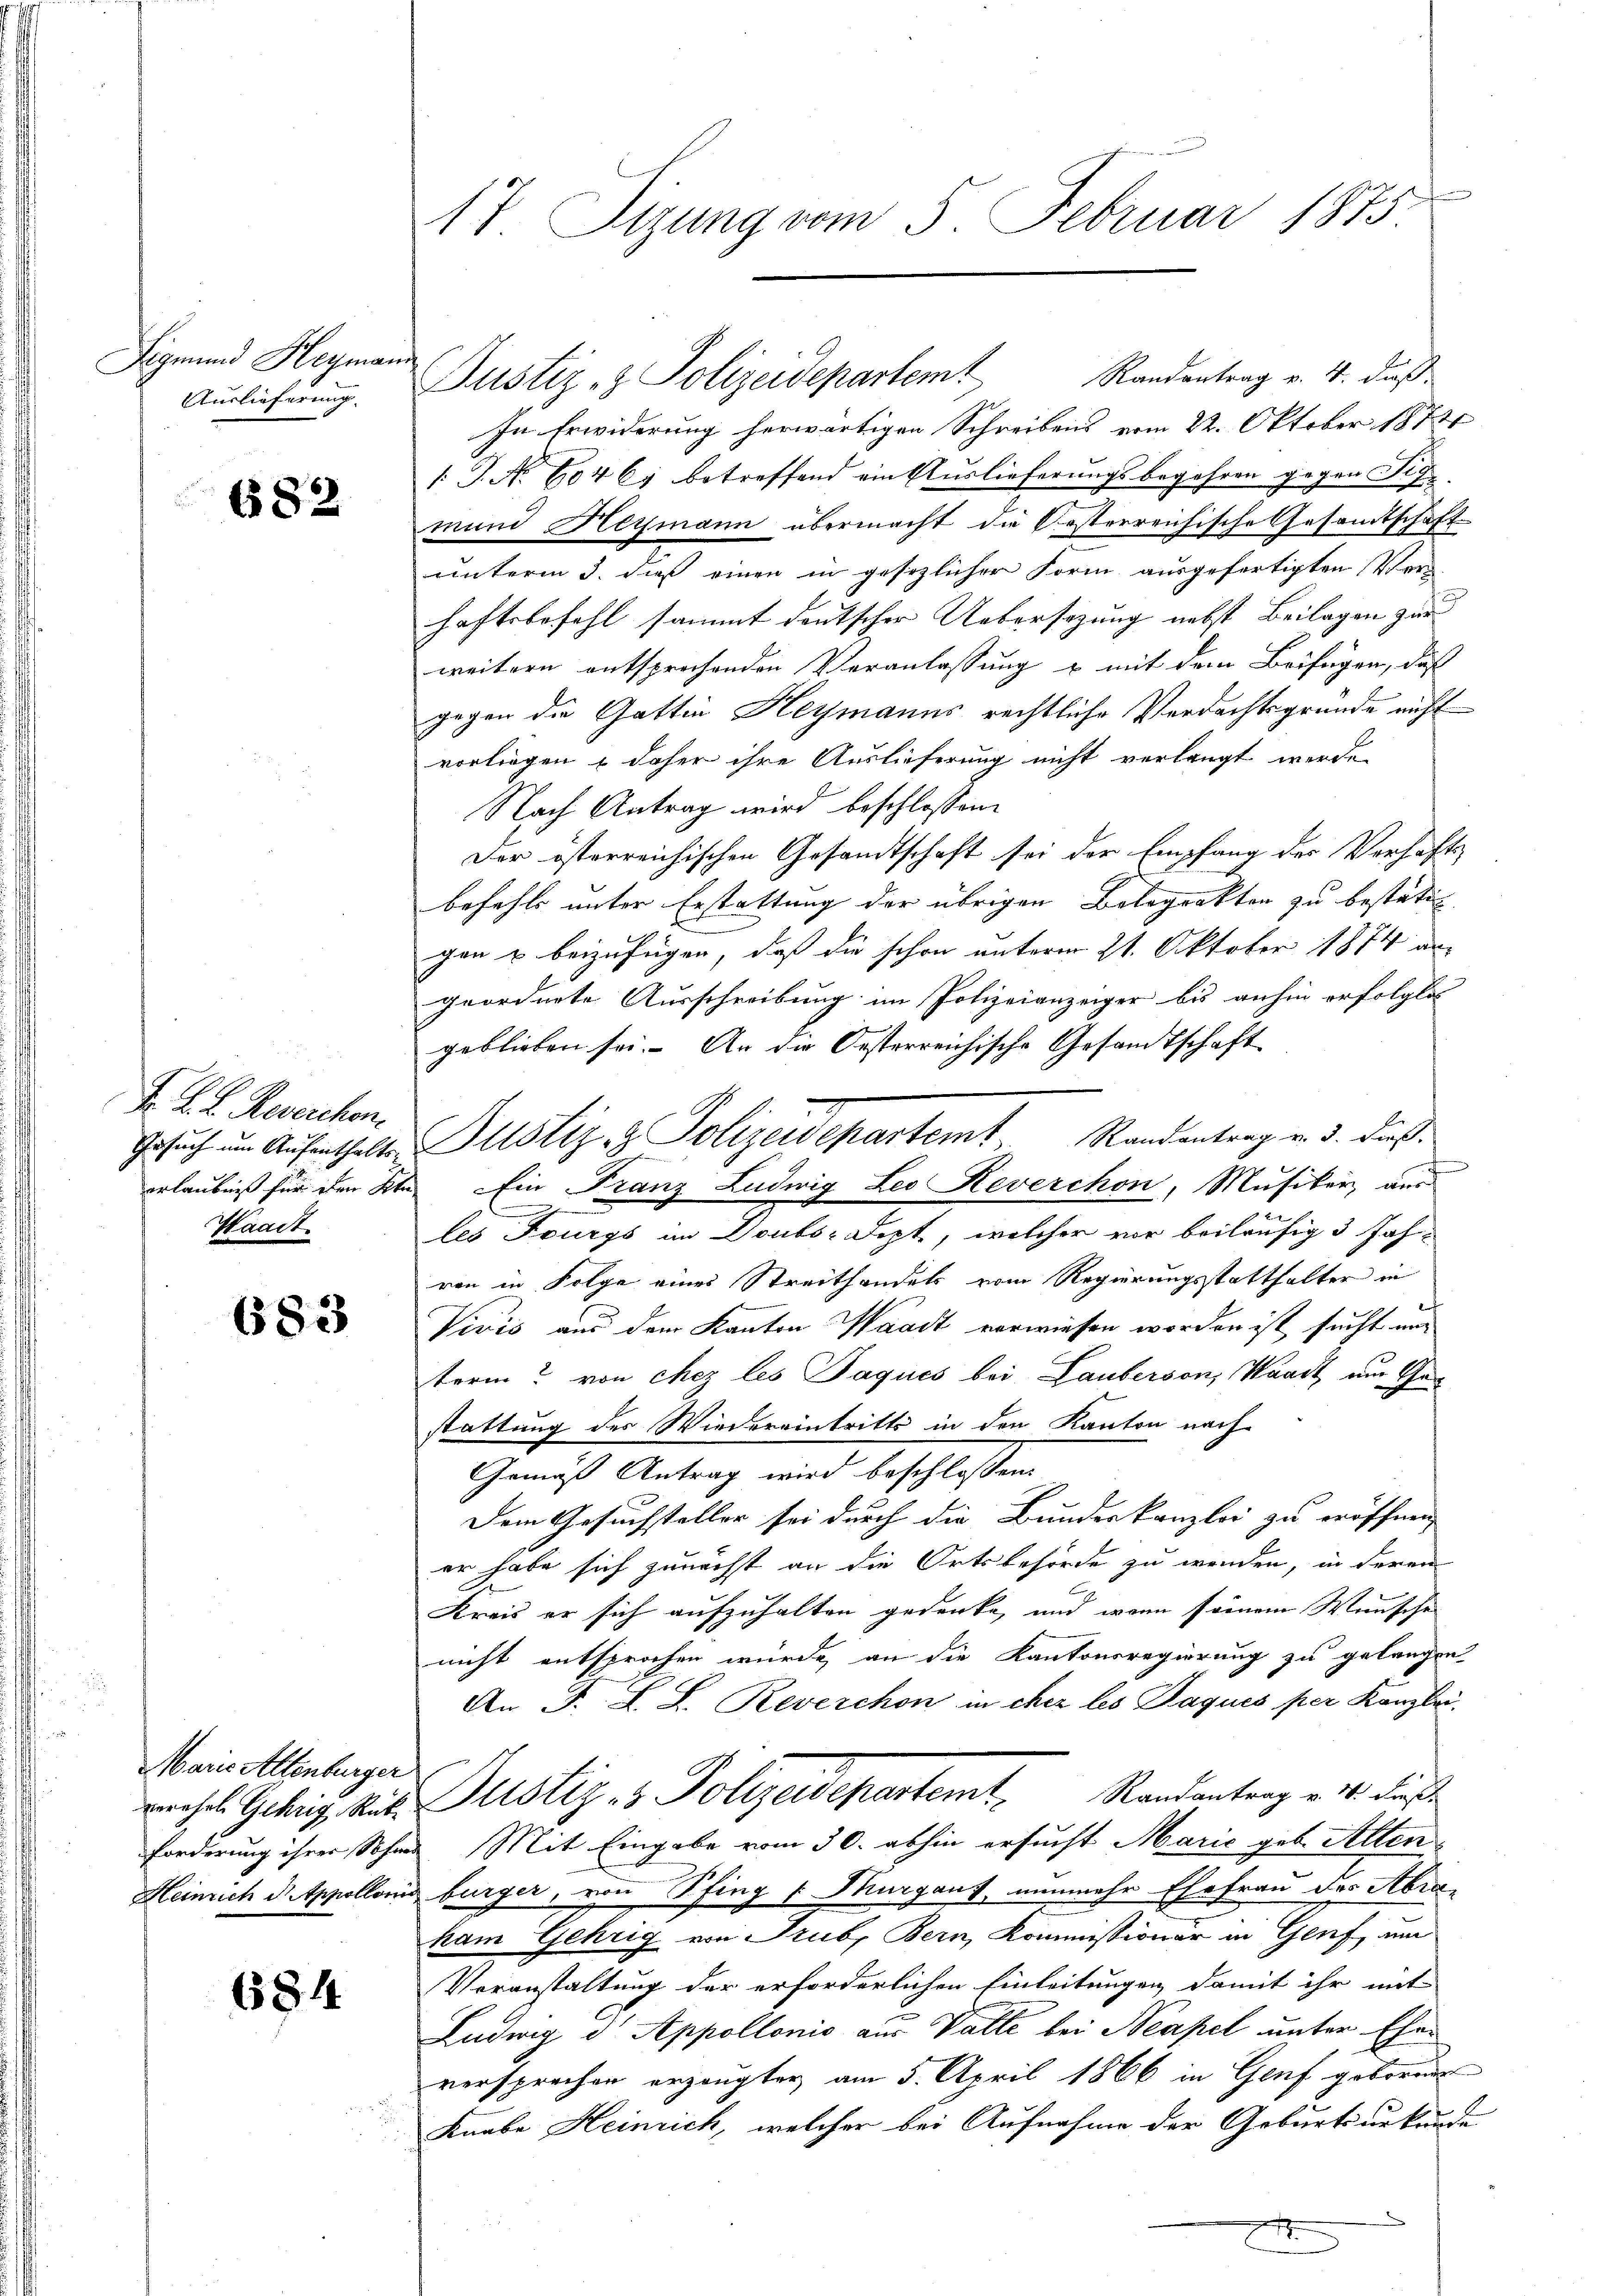
Sigmund Heymann
Auslieferung

682

F. L. K. Reserchen.
Waadt.

683

Marie Allenburger

684

17 Stzung vom 5. Februar 1875.

Justiz- & Polizeidepartem Randantrag v. 4. dieß
In Erwiderung herwärtigen Schreibens vom 22. Oktober 1873
1 J. No 604 67 betreffend ein Auslieferungsbegehren gegen Dif
mund Heymann übermacht die Posterreichische Gesamtschaft
unterm 3. dieß einen in gesezlicher Form ausgefertigten Ver
haftsbefehl sammt deutscher Uebersezung nebst Beilagen zur
weitern entsprechenden Veranlassung u mit dem Beifügen, daß
gegen die Gattin Heymanns rechtliche Verdachtsgründe nicht
vorliegen & daher ihre Auslieferung nicht verlangt werde,
Nach Antrag wird beschlossen:
Der österreichischen Gesandtschaft sei der Empfang der Verhafts-
befehls unter Erstattung der übrigen Betoprakten zu bestäti
gen u beizufügen, daß die schon unterm 21. Oktober 1874 an
geordnete Ausschreibung im Polizeianzeiger bis anhin erfolglic
geblieben sei. An die Oesterreichische Gesandtschaft
n
erlaubniß für den 2ten Ein Franz Ludwig Leo Reverchon, Musiker, aus
u
les Fourgs im Doubs Sept, welcher vor beiläufig 3 Jahvon in Folge eines Streithandels vom Regierungsstatthalter in
Vivis aus dem Kanton Waadt verwiesen worden ist sucht nur
term? von chez les Paques bei Lauberson, Waadt am Ger
stattung des Wiedereintritts in den Kanton nach
Gemäß Antrag wird beschlossen.
Dem Gesuchsteller sei durch die Bundeskanzlei zu eröffnen,
er habe sich zunächst an die Ortsbehörde zu wenden, in deren
Kreis er sich aufzuhalten gedenke, und wenn seinem Wunsche
nicht entsprochen würde, an die Kantonsregierung zu gelangen
An F. L. L. Reverchon in cher les Paques per Kanzlei,
rehel. Gehrig Rat Sistiz- & Polizeidepartemt Randantrag v. 10. dieß
Forderung ihrer Sohnes Mit Eingabe vom 30. abhin ersucht Marić geb. Alten
Heinrich Dippollonis bürger, von Pfing [Murgaus, nunmehr Ehefrau der Abra-
kam Gehrig von Trubs Bern, Kommissionär in Genf, um
Veranstaltung der erforderlichen Einleitungen damit ihr mit
Ludwig d Appollonis aus Valle bei Neapel unter Ehen
versprochen erzeugter am 5. April 1866 in Genf geboren
Knabe Heinrich, welcher bei Aufnahme der Geburtsurkunde
g

Gesuch um Aufenthalte Justiz- & Polizeidepartemt. Randantrag v. 3. dieß¬